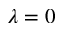
\lambda = 0